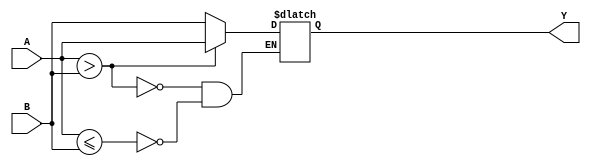
`timescale 1ns / 1ps
//////////////////////////////////////////////////////////////////////////////////
// Company: 
// Engineer: 
// 
// Design Name: 
// Module Name: max_value
// Project Name: 
// Target Devices: 
// Tool Versions: 
// Description: 
// 
// Dependencies: 
// 
// Revision:
// Revision 0.01 - File Created
// Additional Comments:
// 
//////////////////////////////////////////////////////////////////////////////////

module max_value #(parameter In_d_W=8) (
    input [In_d_W-1:0] A,
    input [In_d_W-1:0] B,
    output reg [In_d_W-1:0] Y
    );
    
    always@(*)
    begin
        if(A>B)
            Y<=A;
        else if(A<=B)
            Y<=B;
    end
endmodule